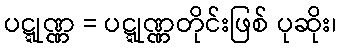
ပဋ္ဋုဏ္ဏ = ပဋ္ဋုဏ္ဏတိုင်းဖြစ် ပုဆိုး၊